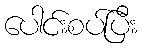
ပေါင်းစပ်ပြီး